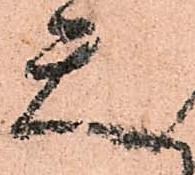
天